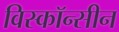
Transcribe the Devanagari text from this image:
विस्कॉन्सीन